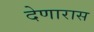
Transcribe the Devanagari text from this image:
देणारास